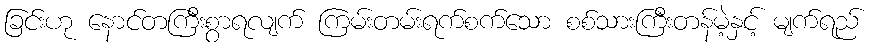
ခြင်းဟု နောင်တကြီးစွာရလျက် ကြမ်းတမ်းရက်စက်သော စစ်သားကြီးတန်မဲ့နှင့် မျက်ရည်